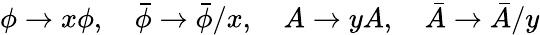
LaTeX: \phi\rightarrow x\phi,\quad\bar{\phi}\rightarrow\bar{\phi}/x,\quad A\rightarrow yA,\quad\bar{A}\rightarrow\bar{A}/y